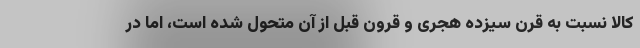
کالا نسبت به قرن سیزده هجری و قرون قبل از آن متحول شده است، اما در